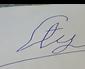
Signature authenticity: forged